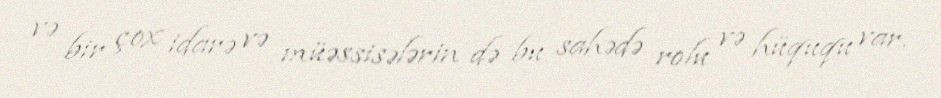
və bir çox idarə və müəssisələrin də bu sahədə rolu və hüququ var.